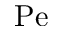
\mathrm { P e }